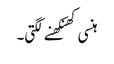
ہنسی کھنکھنے لگتی۔